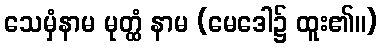
သေမှံနာမ မုတ္ထံ နာမ (မေဒေါ၌ ထူး၏။)